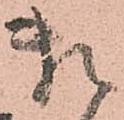
頼